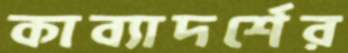
কাব্যাদর্শের